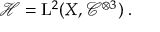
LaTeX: \mathcal H = \mathrm { L } ^ { 2 } ( X , \mathcal C ^ { \otimes 3 } ) \; .